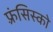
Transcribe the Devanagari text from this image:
फ़्रंसिस्को